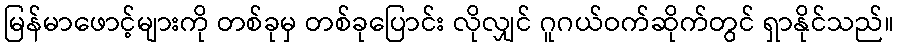
မြန်မာဖောင့်များကို တစ်ခုမှ တစ်ခုပြောင်း လိုလျှင် ဂူဂယ်ဝက်ဆိုက်တွင် ရှာနိုင်သည်။